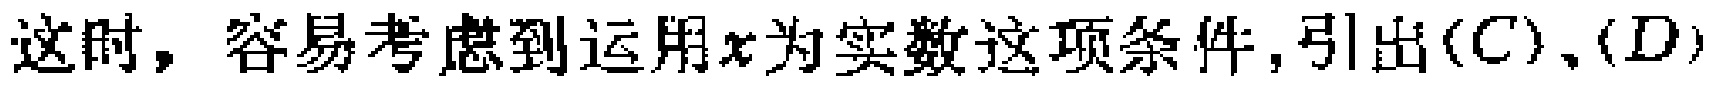
这时，容易考虑到运用\(x\)为实数这项条件，引出\((C)\)、\((D)\)